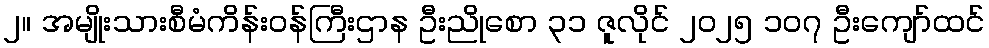
၂။ အမျိုးသားစီမံကိန်းဝန်ကြီးဌာန ဦးညိုစော ၃၁ ဇူလိုင် ၂၀၂၅ ၁၀၇ ဦးကျော်ထင်